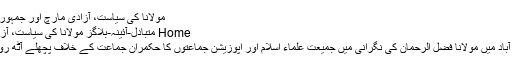
مولانا کی سیاست، آزادی مارچ اور جمہوریت - Mutabadil TV
Home متبادل-آئینہ-بلاگز مولانا کی سیاست، آزادی مارچ اور جمہوریت
وفاقی دارالحکومت اسلام آباد میں مولانا فضل الرحمان کی نگرانی میں جمیعت علماء اسلام اور اپوزیشن جماعتوں کا حکمران جماعت کے خلاف پچھلے آٹھ روز سے دھرنا جاری ہے۔